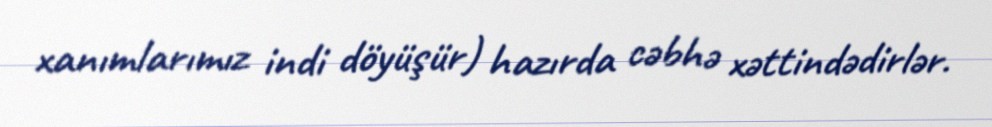
xanımlarımız indi döyüşür) hazırda cəbhə xəttindədirlər.